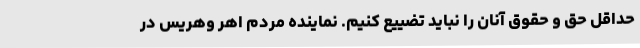
حداقل حق و حقوق آنان را نباید تضییع کنیم. نماینده مردم اهر وهریس در